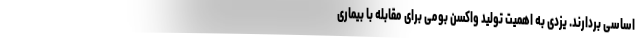
اساسی بردارند. یزدی به اهمیت تولید واکسن بومی برای مقابله با بیماری